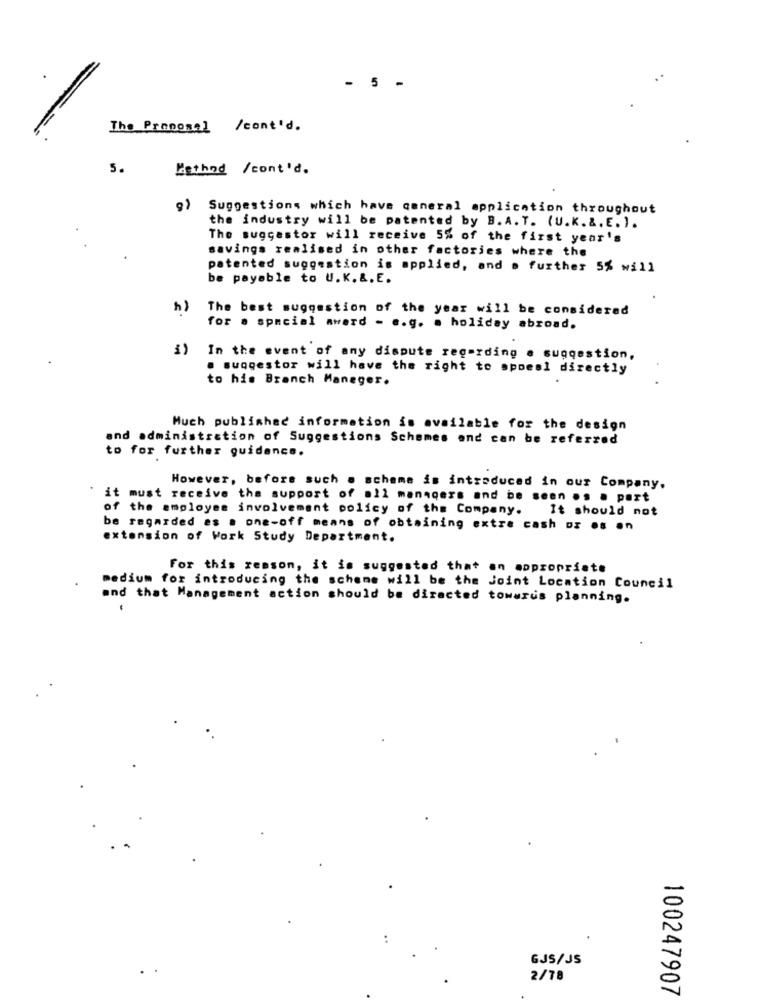
- 5 -
The Prononel /cont'd.
5.
Method /cont'd.
Suggestions which have general application throughout
the industry will be patented by B.A. T. (U.K.&. E. ).
The suggestor will receive 5% of the first year's
savings realised in other factories where the
patented suggestion is applied, and a further 5% will
be payable to U.K.&.E.
The best suggestion of the year will be considered
for a special award - e.g. a holiday abroad.
In the event of any dispute regarding e suggestion,
. suogestor will have the right to spoeel directly
to his Branch Manager.
.
Much published information is available for the design
and administration of Suggestions Schemes and can be referred
to for further guidance.
However, before such . scheme is introduced in our Company,
it must receive the support of all managers and be seen .. . part
of the employee involvement policy of the Company. It should not
be regarded as . one-off means of obtaining extre cash or os en
extension of Work Study Department.
For this reason, it is suggested that an appropriate
medium for introducing the scheme will be the Joint Location Council
and that Management action should be directed towards planning.
GJS/JS
2/78
100247907